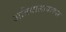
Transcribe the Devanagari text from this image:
अतिवालायाकार